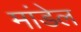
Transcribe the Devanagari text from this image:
मांडेल